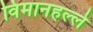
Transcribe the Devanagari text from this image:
विमानहल्ले